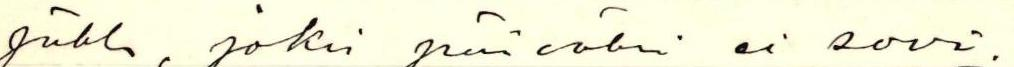
juhla, joksi päiväksi ei sovi.